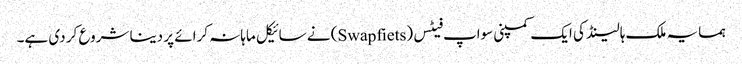
ہمسایہ ملک ہالینڈ کی ایک کمپنی سواپ فیٹس (Swapfiets) نے سائیکل ماہانہ کرائے پر دینا شروع کر دی ہے۔